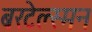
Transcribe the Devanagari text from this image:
बरटेल्स्मन